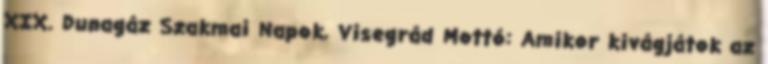
XIX. Dunagáz Szakmai Napok, Visegrád Mottó: Amikor kivágjátok az